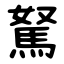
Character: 駑